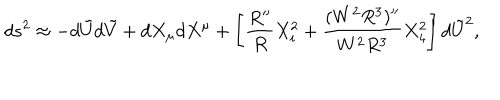
LaTeX: d s ^ { 2 } \approx - d \tilde { U } d \tilde { V } + d X _ { \mu } d X ^ { \mu } + \left[ \frac { R ^ { \prime \prime } } { R } X _ { i } ^ { 2 } + \frac { ( W ^ { 2 } R ^ { 3 } ) ^ { \prime \prime } } { W ^ { 2 } R ^ { 3 } } X _ { 4 } ^ { 2 } \right] d \tilde { U } ^ { 2 } ,